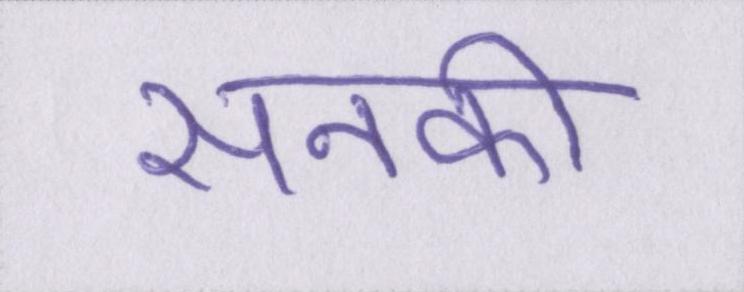
सनकी